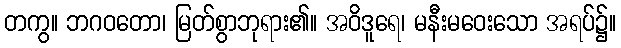
တကွ။ ဘဂဝတော၊ မြတ်စွာဘုရား၏။ အဝိဒူရေ၊ မနီးမဝေးသော အရပ်၌။